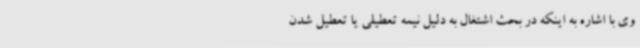
وی با اشاره به اینکه در بحث اشتغال به دلیل نیمه تعطیلی یا تعطیل شدن